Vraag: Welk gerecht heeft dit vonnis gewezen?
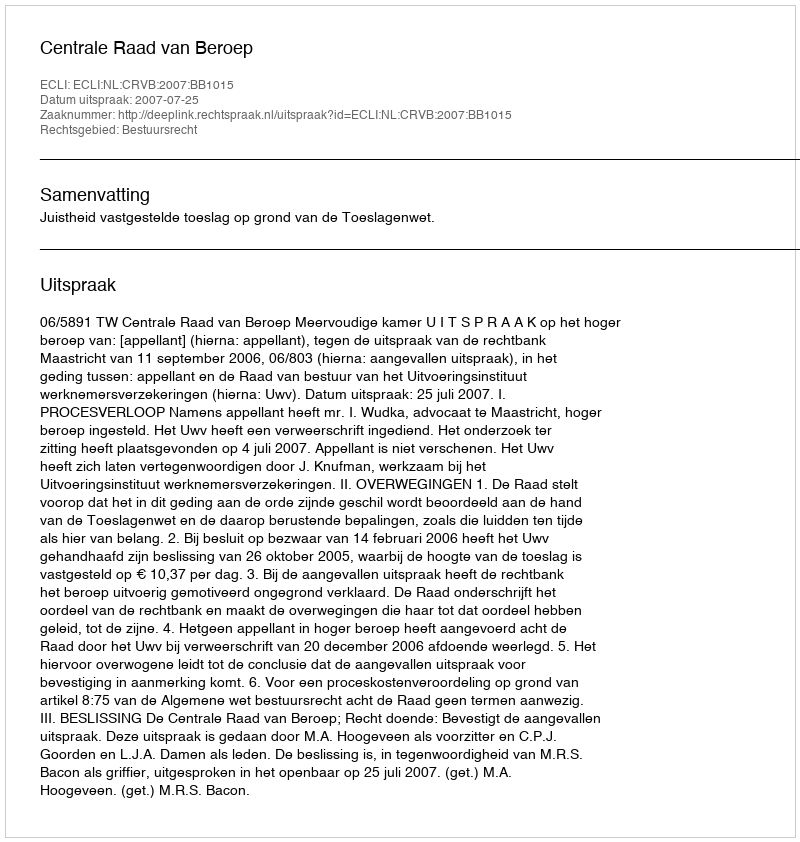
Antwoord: Centrale Raad van Beroep